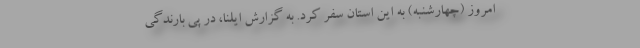
امروز (چهارشنبه) به این استان سفر کرد. به گزارش ایلنا، در پی بارندگی